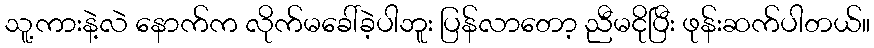
သူ့ကားနဲ့လဲ နောက်က လိုက်မခေါ်ခဲ့ပါဘူး ပြန်လာတော့ ညီမငိုပြီး ဖုန်းဆက်ပါတယ်။